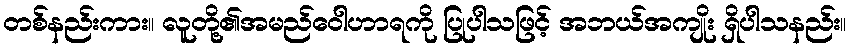
တစ်နည်းကား။ လူတို့၏အမည်ဝေါဟာရကို ပြုပါသဖြင့် အဘယ်အကျိုး ရှိပါသနည်း။